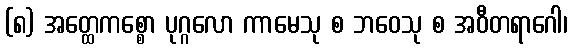
(၈) အတ္ထေကစ္စော ပုဂ္ဂလော ကာမေသု စ ဘဝေသု စ အဝီတရာဂေါ၊